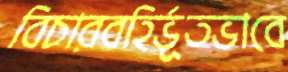
বিচারবহির্ভূতভাবে